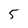
Character: 5